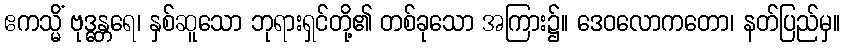
ဧကသ္မိံ ဗုဒ္ဓန္တရေ၊ နှစ်ဆူသော ဘုရားရှင်တို့၏ တစ်ခုသော အကြား၌။ ဒေဝလောကတော၊ နတ်ပြည်မှ။